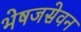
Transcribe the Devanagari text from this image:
भेषजसेवन